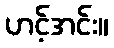
ဟင့်အင်း။